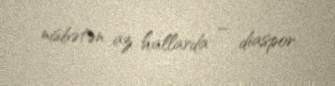
nisbətən az hallarda – diaspor.